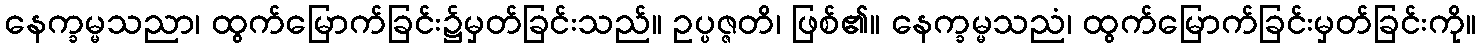
နေက္ခမ္မသညာ၊ ထွက်မြောက်ခြင်း၌မှတ်ခြင်းသည်။ ဥပ္ပဇ္ဇတိ၊ ဖြစ်၏။ နေက္ခမ္မသညံ၊ ထွက်မြောက်ခြင်းမှတ်ခြင်းကို။